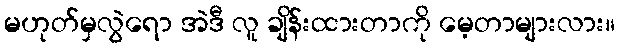
မဟုတ်မှလွဲရော အဲဒီ လူ ချိန်းထားတာကို မေ့တာများလား။